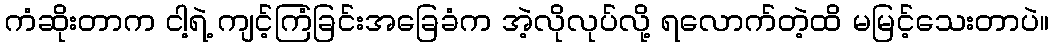
ကံဆိုးတာက ငါ့ရဲ့ ကျင့်ကြံခြင်းအခြေခံက အဲ့လိုလုပ်လို့ ရလောက်တဲ့ထိ မမြင့်သေးတာပဲ။